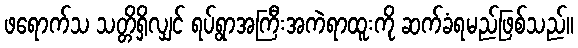
ဖရောက်သ သတ္တိရှိလျှင် ရပ်ရွာအကြီးအကဲရာထူးကို ဆက်ခံရမည်ဖြစ်သည်။